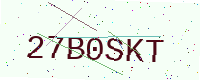
Text: 27B0SKT